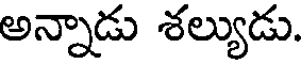
అన్నాడు శల్యుడు.